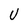
Character: U